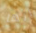
انها